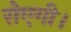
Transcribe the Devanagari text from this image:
रोएगी।